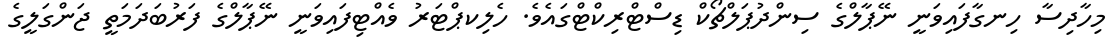
މިހާދިސާ ހިނގާފައިވަނީ ނޭޕާލްގެ ސިންދުޕަލްޗޯކް ޑިސްޓްރިކްޓްގައެވެ. ހެލިކޕްޓަރު ވެއްޓިފައިވަނީ ނޭޕާލްގެ ފަރުބަދަމަތީ ޖަންގަލީގެ